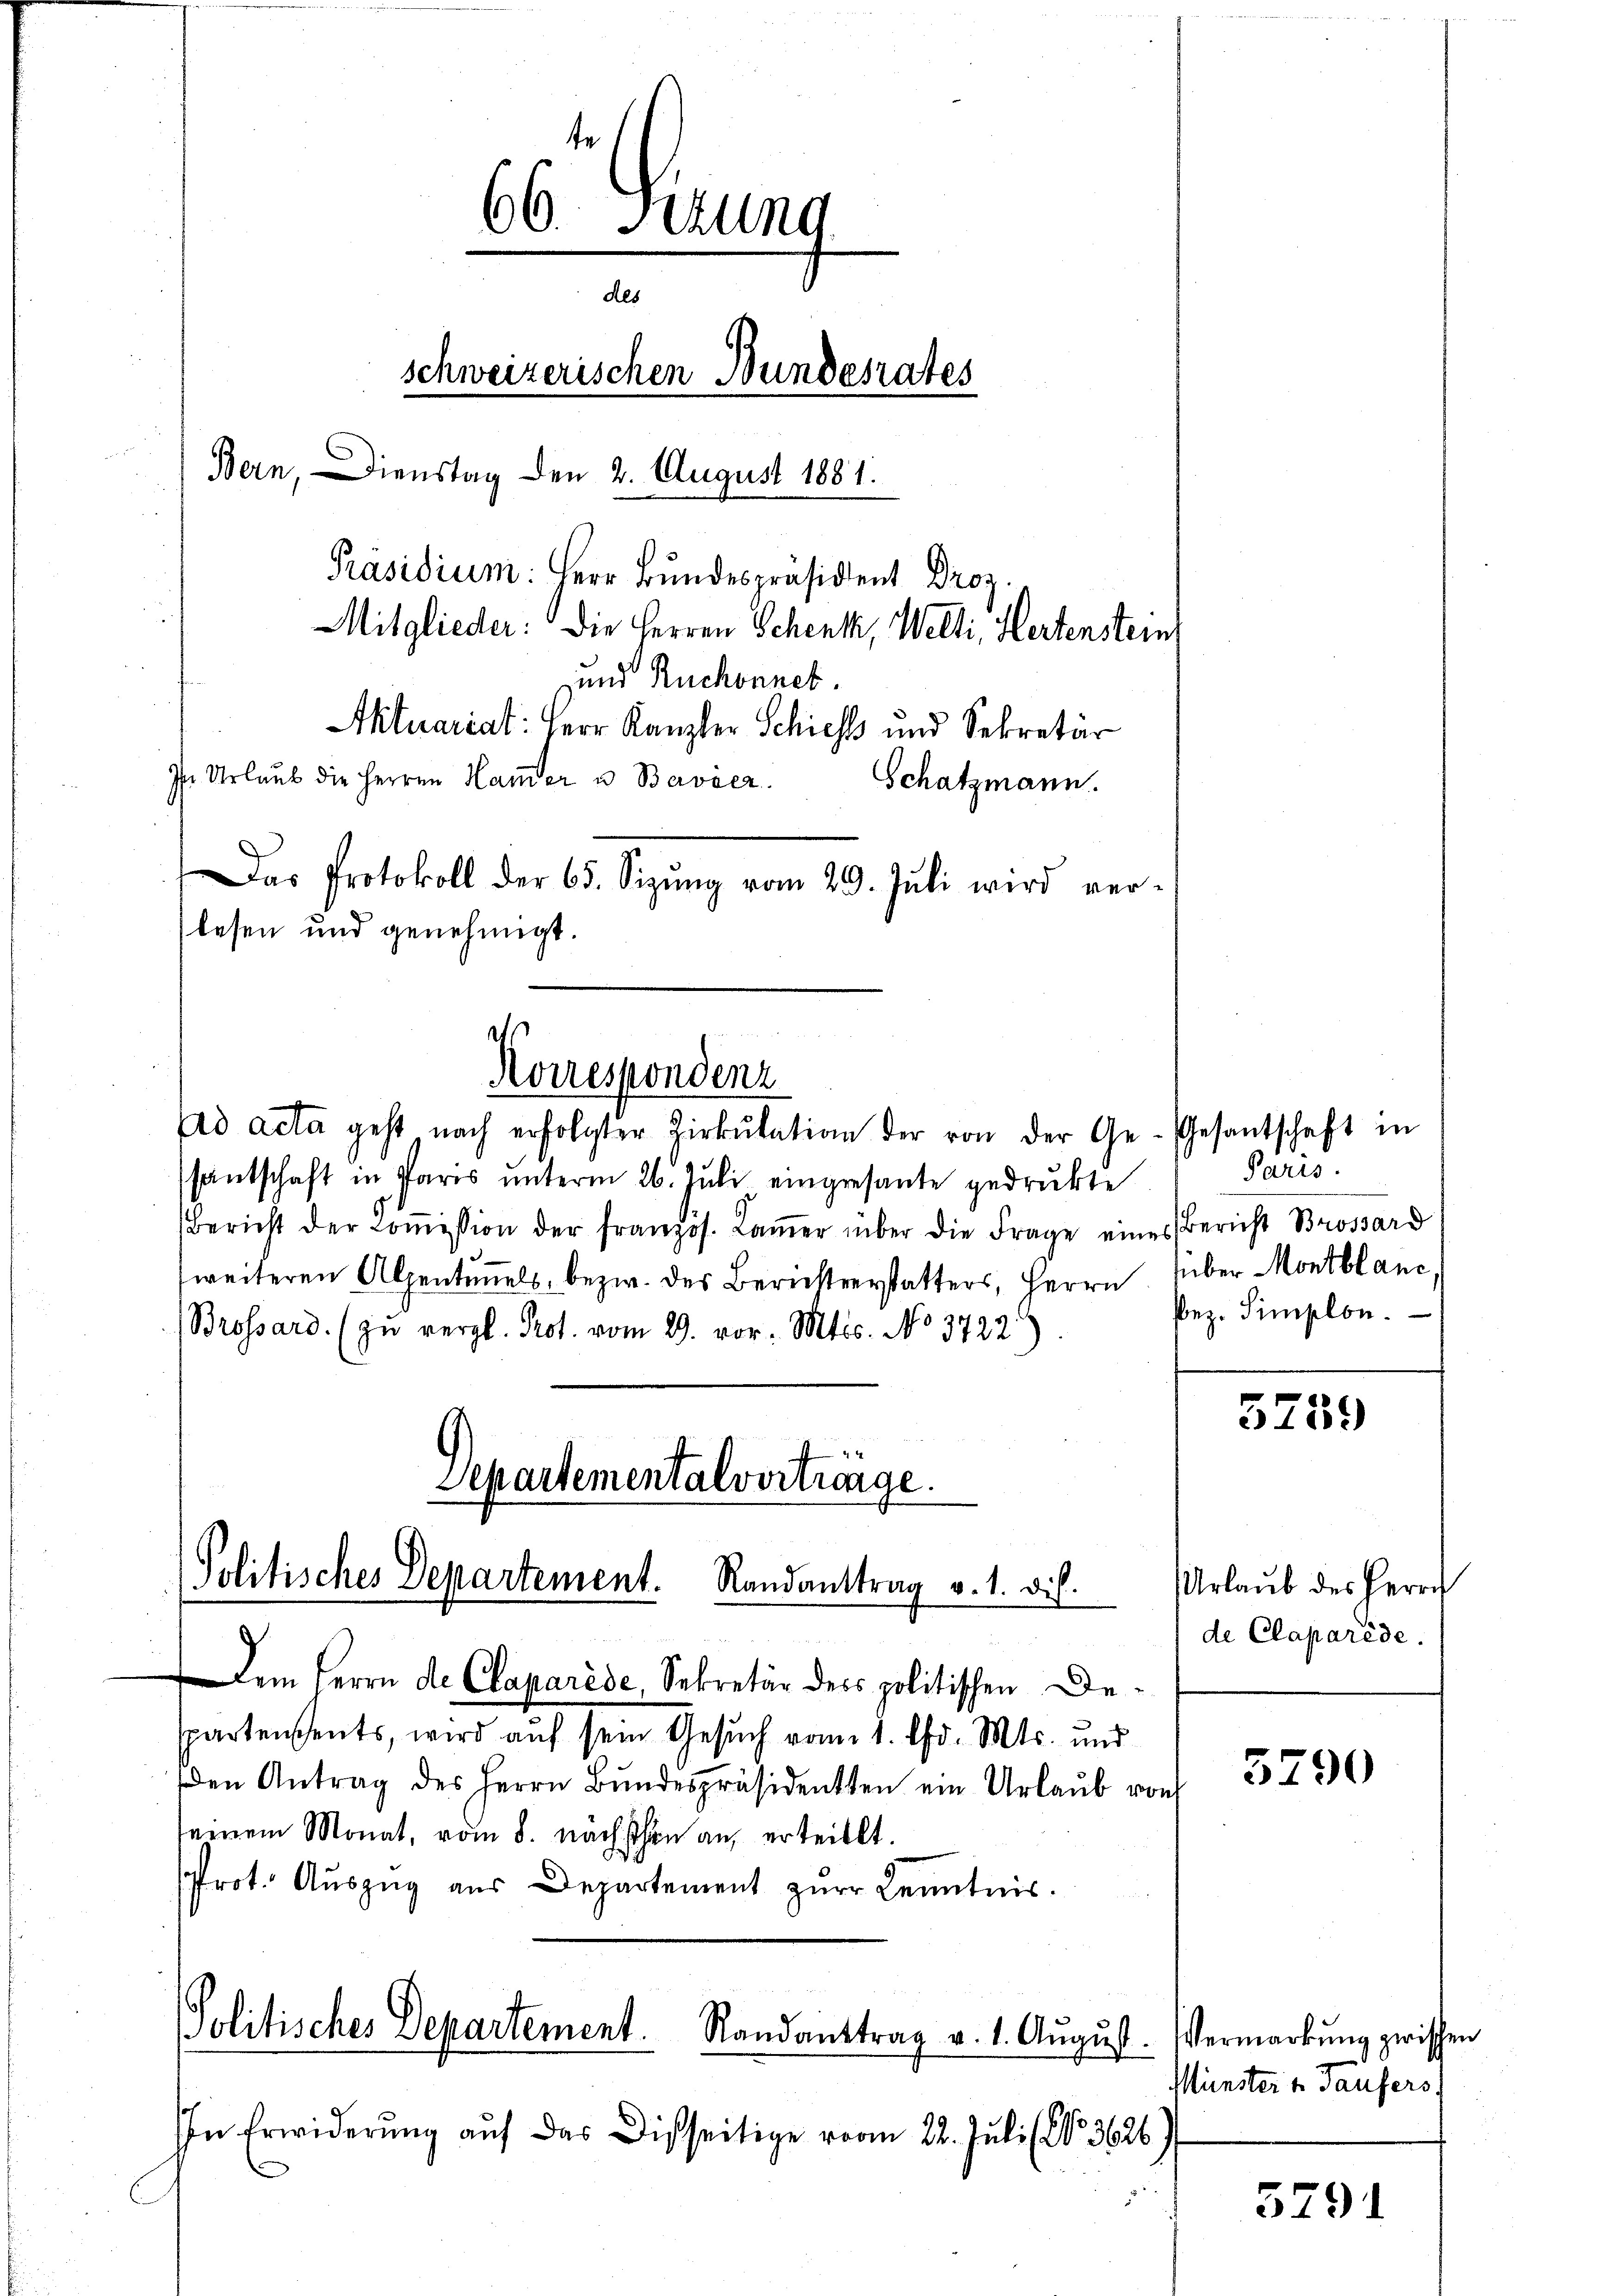
66. Setzung
des
schweizerischen Bundesrates
Bern, Dienstag den 2. August 1881.
Präsidium: Herr Bundespräsident Droz.
Mitglieder: Die Herren Schenk, Welti, Hertenstein
und Ruchonnet.

ad acta geht nach erfolgter Zirkŭlation der von der Gesantschaft in Paris ŭnterm 26. Juli eingesante gedrukte
Bericht der Coṁission der franzos. Laṁer über die Frage eines Bericht Brossard
weiteren Alpentuels, bezw. des Berichterstatters, Herrn
Brossard. (zu vergl. Prot. vom 29. vor. Mts. No 3722)
Departementalvertrage.
Politisches Departement. Randanttrag v. 1. dis.
d
Dem Herrn de Claparède, Sekretär des politischen Despartensents, wird auf sein Gesuch vom 1. Chr. Mts. und
den Antrag des Herrn Bŭndespräsidenten ein Urlaŭb von
seinem Monat, vom 8. nächsthin an, erteilt.
Prot. Auszug aus Departement zur Kenntnis.

lesen und genehmigt.
Korrespondenz

J. Urlaub die Herren Hamer u Bavier
Schatzmann.
Das Protokoll der 65. Sizŭng vom 29. Jŭli wird ver-

Aktuariat: Herr Kanzler Schiess und Sekretär

Politisches Departement.
Randanttrag v. 1. Aŭgŭst.

Gesantschaft in
Paris.
über Montblanc
pez. Simplon.

In Erwiderung auf das Disseitige vom 22. Juli (No͇ 3626

3759

Urlaub des Herrn
de Claparède.

3790

Vermarkung zwischen
Münster v. Taufers

3791